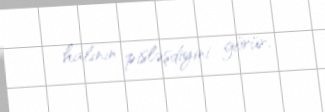
halının pisləşdiyini görür.